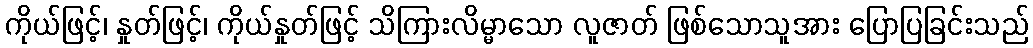
ကိုယ်ဖြင့်၊ နှုတ်ဖြင့်၊ ကိုယ်နှုတ်ဖြင့် သိကြားလိမ္မာသော လူဇာတ် ဖြစ်သောသူအား ပြောပြခြင်းသည်